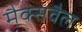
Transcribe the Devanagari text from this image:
मैक्सवैल